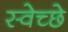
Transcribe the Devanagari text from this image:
स्वेच्छे